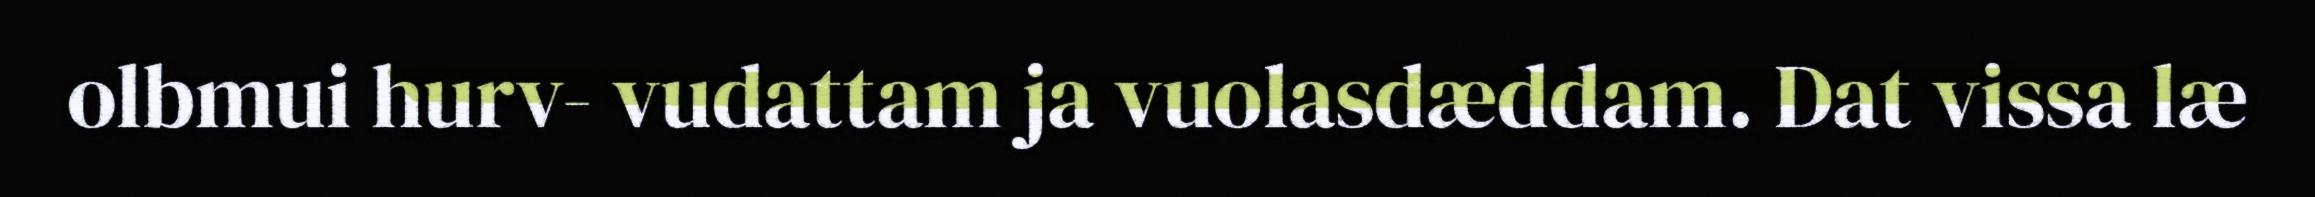
olbmui hurv- vudattam ja vuolasdæddam. Dat vissa læ